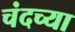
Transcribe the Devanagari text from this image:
चंदच्या